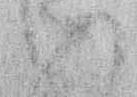
い